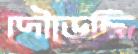
দৌড়েছি